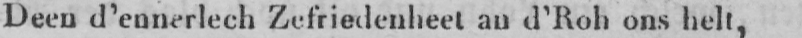
Deen d’ennerlech Zefriedenheet an d’Roh ons helt,